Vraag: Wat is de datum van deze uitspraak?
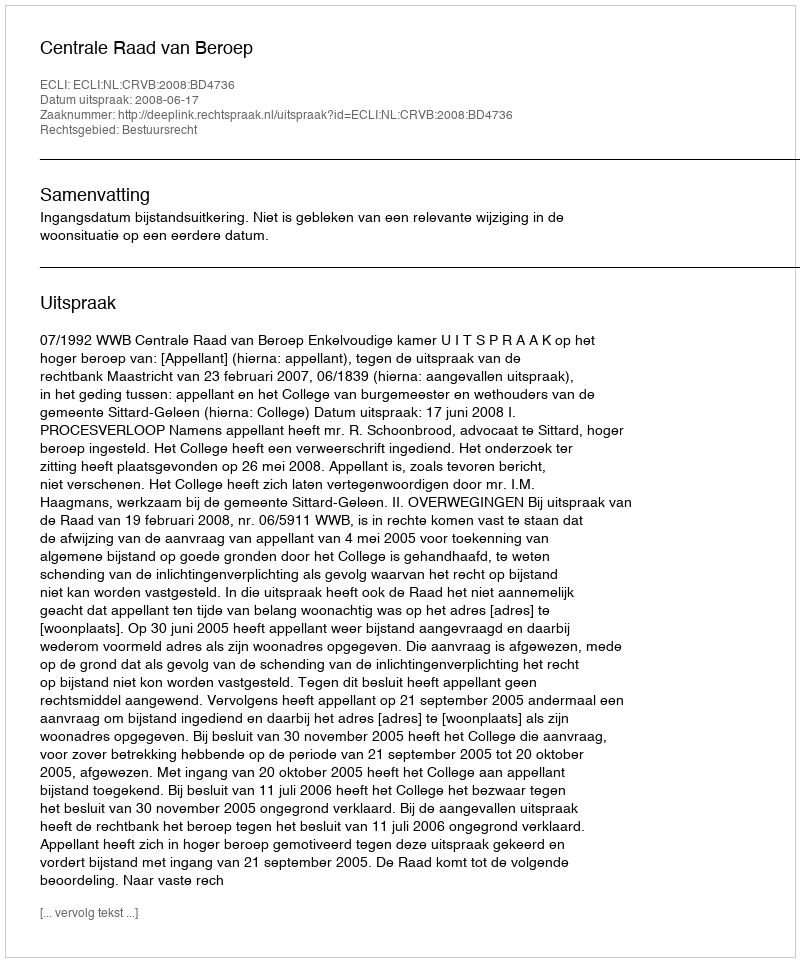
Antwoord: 2008-06-17